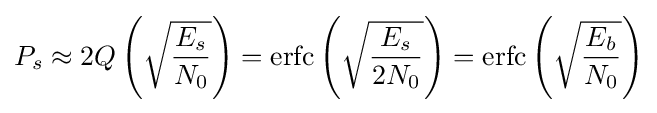
P_{s}\approx 2Q\left({\sqrt {\frac {E_{s}}{N_{0}}}}\right)=\operatorname {erfc} \left({\sqrt {\frac {E_{s}}{2N_{0}}}}\right)=\operatorname {erfc} \left({\sqrt {\frac {E_{b}}{N_{0}}}}\right)